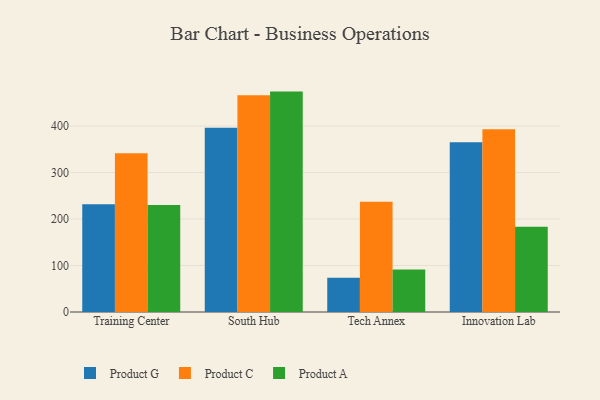
{"axis": {"x": "Campus", "y": "Customer Acquisition Cost (USD)"}, "legend": ["Product A", "Product C", "Product G"], "data": [{"x": "Training Center", "y": 231.9, "type": "Product G"}, {"x": "Training Center", "y": 341.5, "type": "Product C"}, {"x": "Training Center", "y": 229.9, "type": "Product A"}, {"x": "South Hub", "y": 396.2, "type": "Product G"}, {"x": "South Hub", "y": 466.2, "type": "Product C"}, {"x": "South Hub", "y": 474.0, "type": "Product A"}, {"x": "Tech Annex", "y": 73.6, "type": "Product G"}, {"x": "Tech Annex", "y": 237.3, "type": "Product C"}, {"x": "Tech Annex", "y": 91.6, "type": "Product A"}, {"x": "Innovation Lab", "y": 364.9, "type": "Product G"}, {"x": "Innovation Lab", "y": 393.2, "type": "Product C"}, {"x": "Innovation Lab", "y": 183.1, "type": "Product A"}]}